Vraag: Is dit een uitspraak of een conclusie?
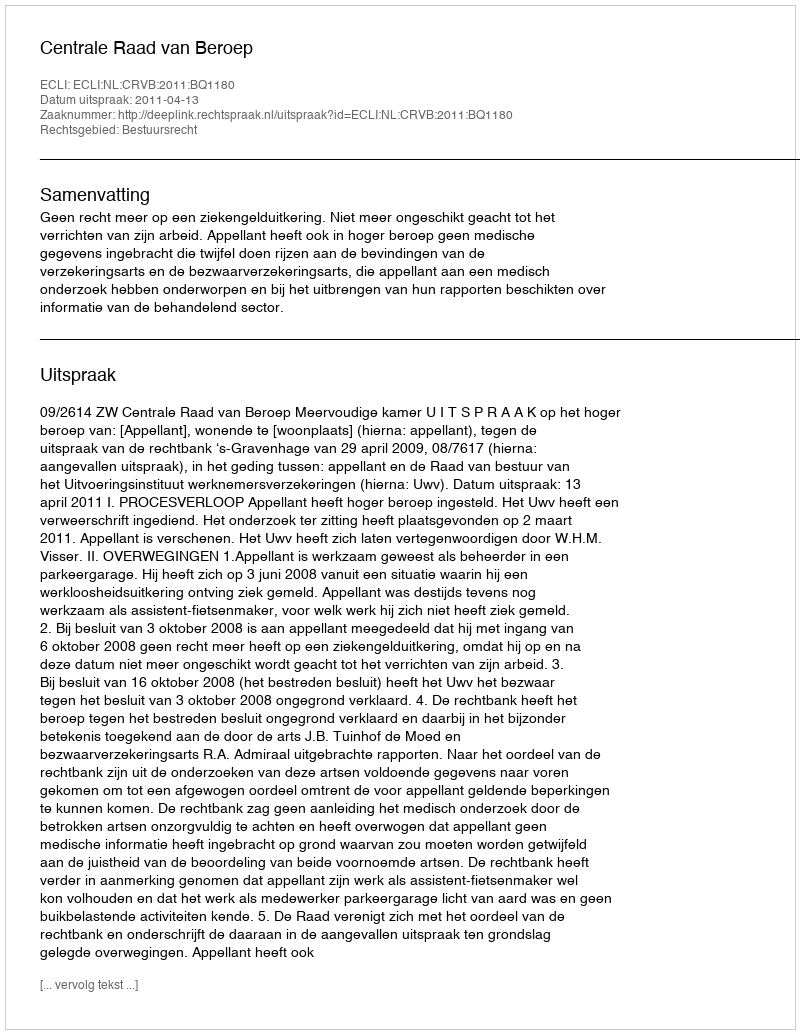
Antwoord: Uitspraak